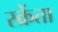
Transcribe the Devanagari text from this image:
स्क्रेंता